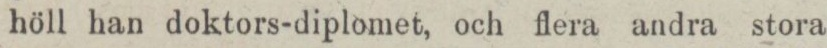
höll han doktors-diplomet, och flera andra stora